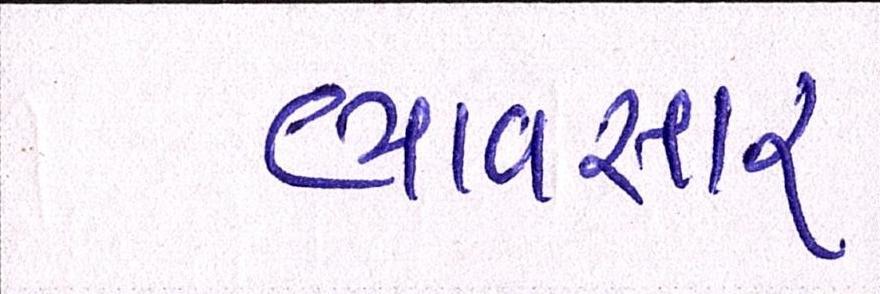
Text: ભાવસારઃ